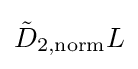
{\tilde {D}}_{2,\mathrm {norm} }L